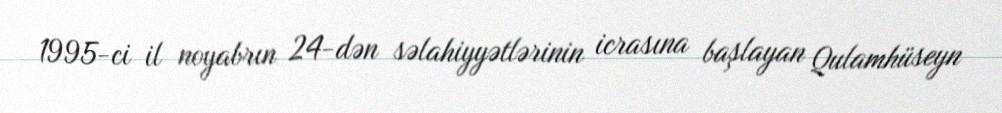
1995-ci il noyabrın 24-dən səlahiyyətlərinin icrasına başlayan Qulamhüseyn